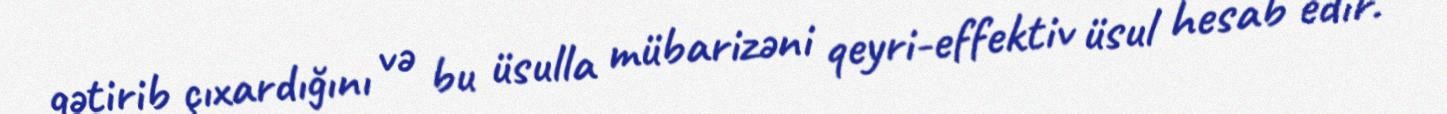
gətirib çıxardığını və bu üsulla mübarizəni qeyri-effektiv üsul hesab edir.